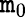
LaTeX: \mathtt{m}_{0}